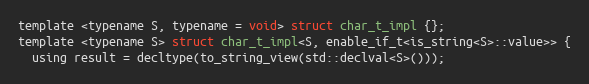
Language: C
template <typename S, typename = void> struct char_t_impl {};
template <typename S> struct char_t_impl<S, enable_if_t<is_string<S>::value>> {
  using result = decltype(to_string_view(std::declval<S>()));